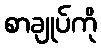
စာချုပ်ကို